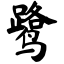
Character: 鹭